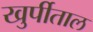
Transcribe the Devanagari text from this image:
खुर्पीताल